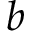
b